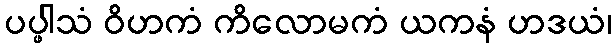
ပပ္ဖါသံ ဝိဟကံ ကိလောမကံ ယကနံ ဟဒယံ၊